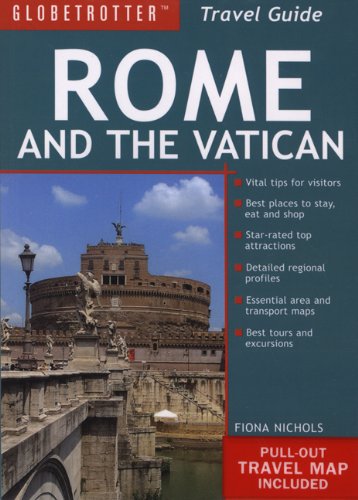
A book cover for Rome and the Vatican Travel Pack (Globetrotter Travel Packs); Fiona Nichols; Travel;